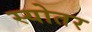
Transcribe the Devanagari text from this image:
स्योतर